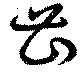
曹